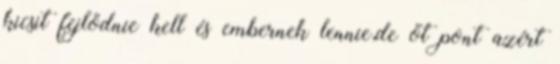
kicsit fejlődnie kell és embernek lennie,de őt pont azért